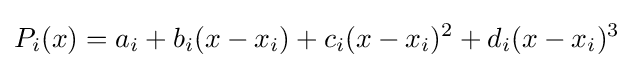
P_{i}(x)=a_{i}+b_{i}(x-x_{i})+c_{i}(x-x_{i})^{2}+d_{i}(x-x_{i})^{3}